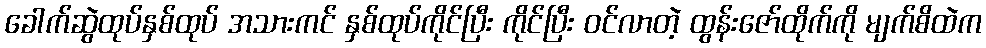
ခေါက်ဆွဲထုပ်နှစ်ထုပ် အသားကင် နှစ်ထုပ်ကိုင်ပြီး ကိုင်ပြီး ဝင်လာတဲ့ ထွန်းဇော်ထိုက်ကို မျက်စိထဲက